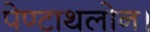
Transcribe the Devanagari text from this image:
पेण्टाथलोन।